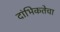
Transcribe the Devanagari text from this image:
दांभिकतेचा